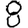
Digit: 8